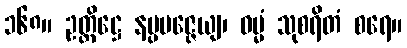
၁၆၈။ ဥတ္တိဋ္ဌေ နပ္ပမဇ္ဇေယျ၊ ဓမ္မံ သုစရိတံ စရေ။